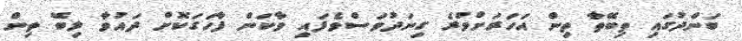
ބަންދުގައި ތިބޭތާ ތިން އަހަރަށްވުރެ ގިނަދުވަސްވެފައި ވާކަން ފާހަގަކޮށް ދައުވާ ލިބޭ ތިން